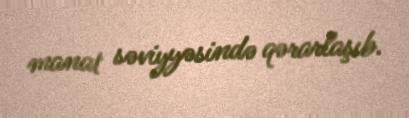
manat səviyyəsində qərarlaşıb.